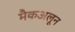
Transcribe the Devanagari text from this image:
मैकअलून